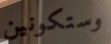
وستكونين